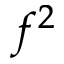
f ^ { 2 }